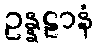
ဥန္နဠာနံ